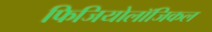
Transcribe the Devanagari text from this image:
फिजियोलॉजिकल